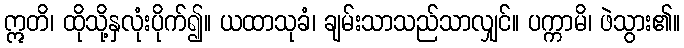
ဣတိ၊ ထိုသို့နှလုံးပိုက်၍။ ယထာသုခံ၊ ချမ်းသာသည်သာလျှင်။ ပက္ကာမိ၊ ဖဲသွား၏။